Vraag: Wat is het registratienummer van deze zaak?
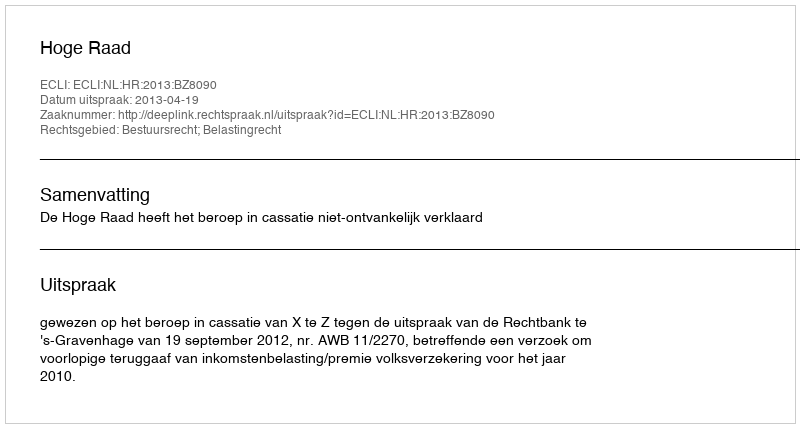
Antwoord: http://deeplink.rechtspraak.nl/uitspraak?id=ECLI:NL:HR:2013:BZ8090